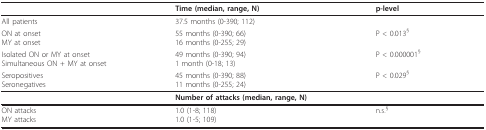
|  | Time (median, range, N) | p-level |
 | --- | --- | --- |
 | All patients | 37.5 months (0-390; 112) |  |
 | ON at onsetMY at onset | 55 months (0-390; 66)16 months (0-255; 29) | P < 0.013§ |
 | Isolated ON or MY at onsetSimultaneous ON + MY at onset | 49 months (0-390; 94)1 month (0-18; 13) | P < 0.000001§ |
 | SeropositivesSeronegatives | 45 months (0-390; 88)11 months (0-255; 24) | P < 0.029§ |
 |  | Number of attacks (median, range, N) |  |
 | ON attacksMY attacks | 1.0 (1-8; 118)1.0 (1-5; 109) | n.s.§ |